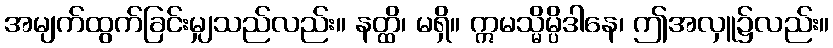
အမျက်ထွက်ခြင်းမျှသည်လည်း။ နတ္ထိ၊ မရှိ။ ဣမသ္မိမ္ပိဒါနေ၊ ဤအလှူ၌လည်း။